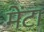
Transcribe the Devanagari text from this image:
मेंटा